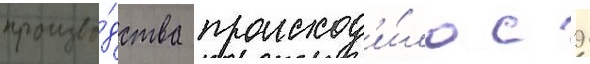
произво́дства происход'и́ло с 9